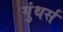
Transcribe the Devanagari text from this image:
गुंथर्स